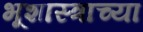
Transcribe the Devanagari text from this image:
भूशास्त्राच्या